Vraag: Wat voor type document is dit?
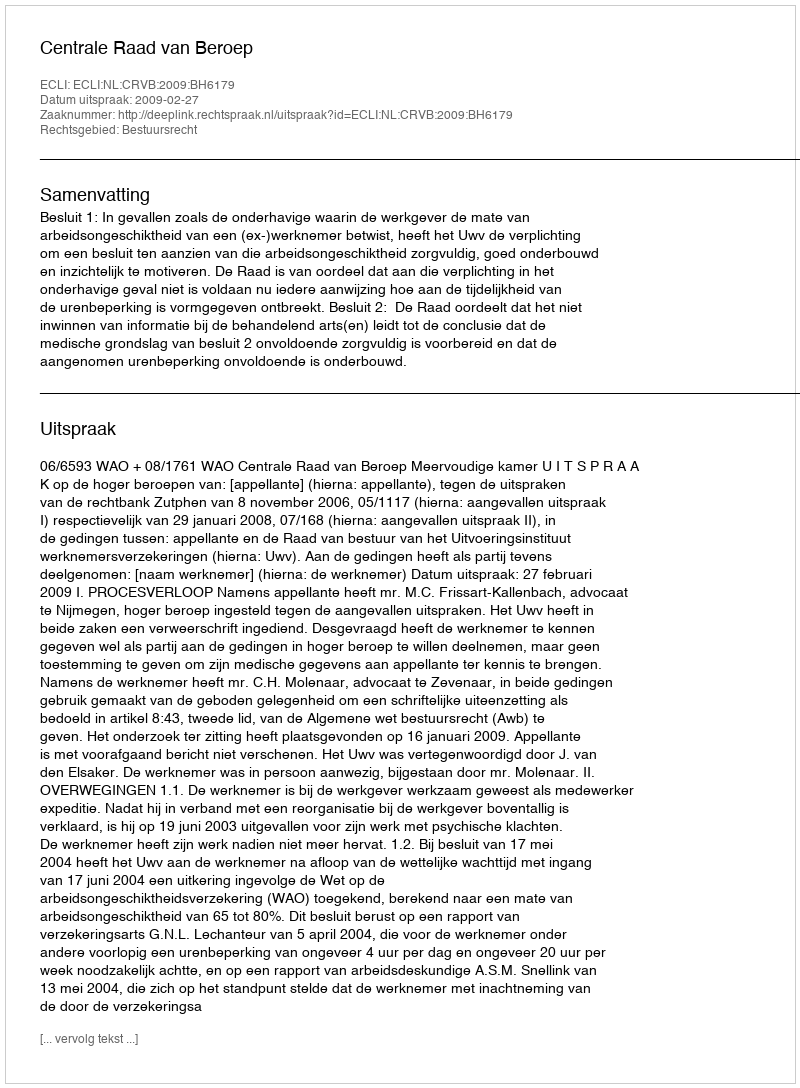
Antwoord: Uitspraak